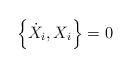
LaTeX: \begin{align*} \left\{\dot{X}_i, X_i \right\}=0\end{align*}